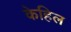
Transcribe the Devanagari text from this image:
केहिल